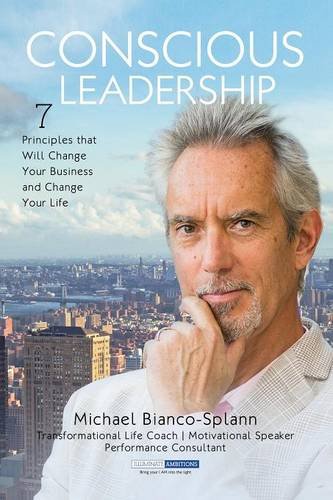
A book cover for Conscious Leadership: 7 Principles That WILL Change Your Business and Change Your Life; Michael Bianco-Splann; Religion & Spirituality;